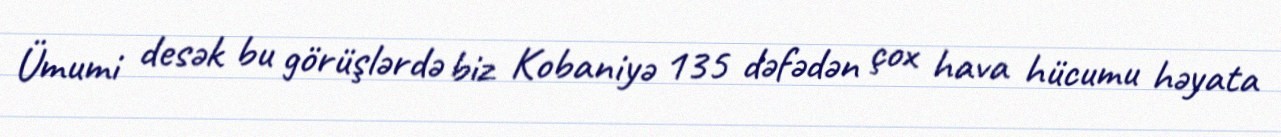
Ümumi desək bu görüşlərdə biz Kobaniyə 135 dəfədən çox hava hücumu həyata